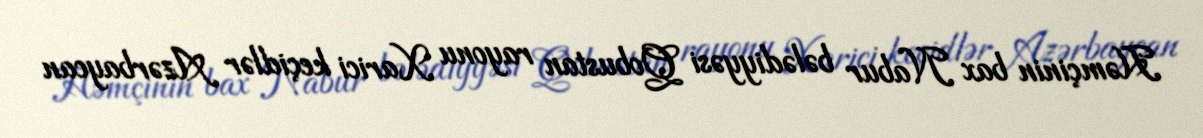
Həmçinin bax Nabur bələdiyyəsi Qobustan rayonu Xarici keçidlər Azərbaycan